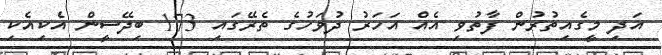
އަދި މީގެއިތުރުން ފާތުވި އެއް އަހަރު ދުވަހުގެ ތެރޭގައި 173 ބިދޭސީން އެކިއެކި